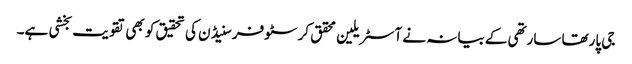
جی پارتھا سارتھی کے بیانہ نے آسٹریلین محقق کرسٹوفر سنیڈن کی تحقیق کو بھی تقویت بخشی ہے۔